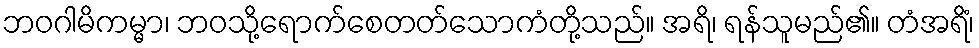
ဘဝဂါမိကမ္မာ၊ ဘဝသို့ရောက်စေတတ်သောကံတို့သည်။ အရိ၊ ရန်သူမည်၏။ တံအရိံ၊